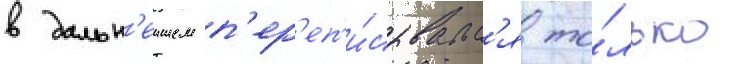
в дальн'еишем п'ер'еп'и́сывалс'я то́лько